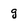
Character: g